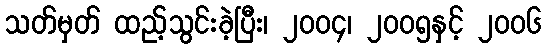
သတ်မှတ် ထည့်သွင်းခဲ့ပြီး၊ ၂၀၀၄၊ ၂၀၀၅နှင့် ၂၀၀၆